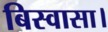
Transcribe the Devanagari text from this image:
बिस्वासा।